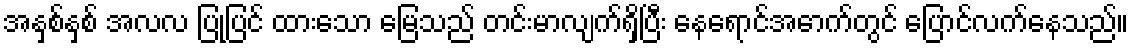
အနှစ်နှစ် အလလ ပြုပြင် ထားသော မြေသည် တင်းမာလျက်ရှိပြီး နေရောင်အောက်တွင် ပြောင်လက်နေသည်။